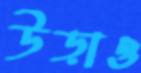
উড়াও